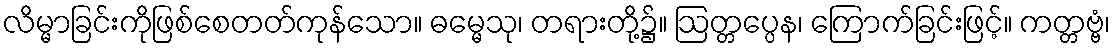
လိမ္မာခြင်းကိုဖြစ်စေတတ်ကုန်သော။ ဓမ္မေသု၊ တရားတို့၌။ ဩတ္တပ္ပေန၊ ကြောက်ခြင်းဖြင့်။ ကတ္တဗ္ဗံ၊